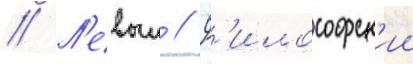
// Л'евыи // Ф'илософск'ии